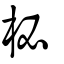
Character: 柲